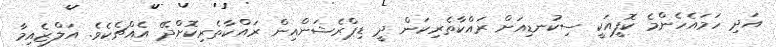
އަދި ހަމައެހެންމެ ކޮފީއަކީ ސިކުނޑިއަށް ރައްކާތެރިކަން ދީ ޑިޕްރެޝަންއިން ރައްކާތެރިކޮށްދޭ އެއްޗެކެވެ. އަލްޒެއިމާ